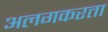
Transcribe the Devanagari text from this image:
अलगकरता